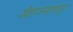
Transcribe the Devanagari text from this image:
खेड़ाजगन्नाथपुरा